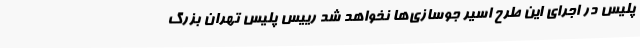
پلیس در اجرای این طرح اسیر جوسازی‌ها نخواهد شد رییس پلیس تهران بزرگ